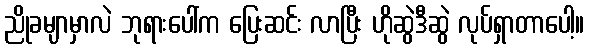
ညိုခမျာမှာလဲ ဘုရားပေါ်က ပြေးဆင်း လာပြီး ဟိုဆွဲဒီဆွဲ လုပ်ရှာတာပေါ့။